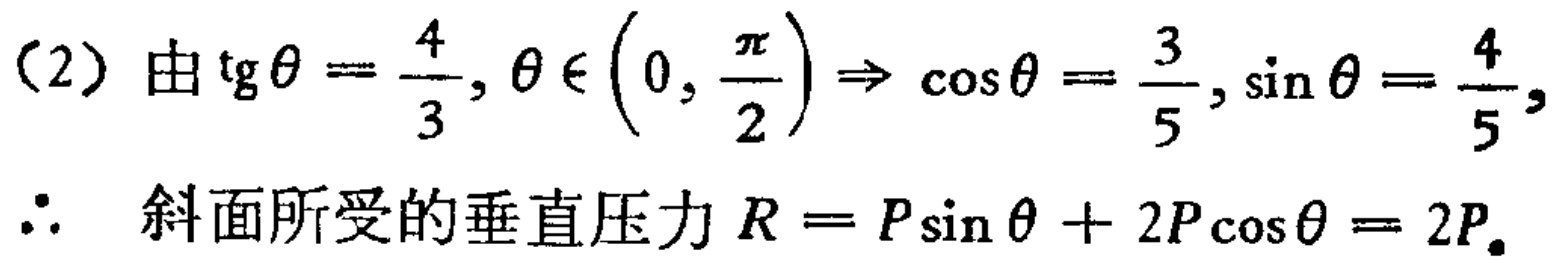
(2) 由$\text{tg}\theta = \frac{4}{3}, \theta \in \left(0, \frac{\pi}{2}\right) \Rightarrow \cos\theta = \frac{3}{5}, \sin\theta = \frac{4}{5},$
$\therefore$ 斜面所受的垂直压力$R = P\sin\theta + 2P\cos\theta = 2P.$